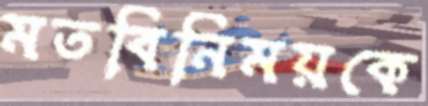
মতবিনিময়কে